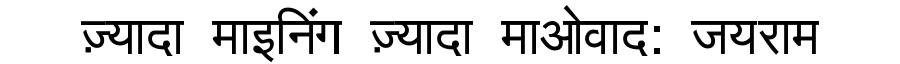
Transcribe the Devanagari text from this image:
ज़्यादा माइनिंग ज़्यादा माओवाद: जयराम